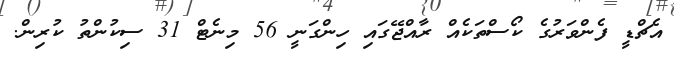
އެޗްޑީ ފެންވަރުގެ ކޯސްތަކެއް ރާއްޖޭގައި ހިންގަނީ 56 މިނެޓް 31 ސިކުންތު ކުރިން.